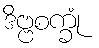
ဒိဗ္ဗစက္ခုံ